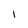
Character: l